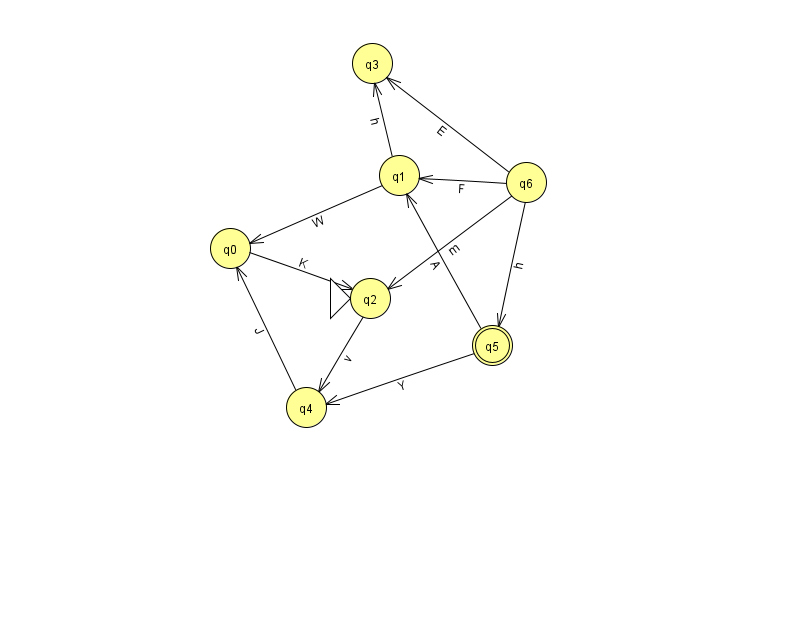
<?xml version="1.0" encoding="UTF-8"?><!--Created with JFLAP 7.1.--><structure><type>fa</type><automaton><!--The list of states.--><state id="0" name="q0"><x>230.0</x><y>235.0</y></state><state id="1" name="q1"><x>399.0</x><y>162.0</y></state><state id="2" name="q2"><x>370.0</x><y>285.0</y><initial/></state><state id="3" name="q3"><x>372.0</x><y>50.0</y></state><state id="4" name="q4"><x>306.0</x><y>394.0</y></state><state id="5" name="q5"><x>492.0</x><y>332.0</y><final/></state><state id="6" name="q6"><x>526.0</x><y>169.0</y></state><!--The list of transitions.--><transition><from>4</from><to>0</to><read>J</read></transition><transition><from>5</from><to>4</to><read>Y</read></transition><transition><from>2</from><to>4</to><read>v</read></transition><transition><from>5</from><to>1</to><read>A</read></transition><transition><from>6</from><to>1</to><read>F</read></transition><transition><from>1</from><to>0</to><read>W</read></transition><transition><from>0</from><to>2</to><read>K</read></transition><transition><from>1</from><to>3</to><read>h</read></transition><transition><from>6</from><to>2</to><read>m</read></transition><transition><from>6</from><to>3</to><read>E</read></transition><transition><from>6</from><to>5</to><read>h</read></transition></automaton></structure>